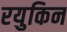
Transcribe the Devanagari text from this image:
रयुकिन